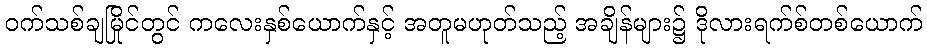
ဝက်သစ်ချမြိုင်တွင် ကလေးနှစ်ယောက်နှင့် အတူမဟုတ်သည့် အချိန်များ၌ ဒိုလားရက်စ်တစ်ယောက်